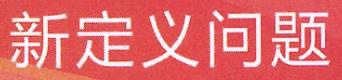
新定义问题